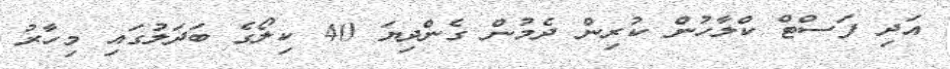
އަދި ފަސްޓް ކްލާހުން ކުރިން ދެމުން ގެންދިޔަ 40 ކިލޯގެ ބަދަލުގައި މިހާރު